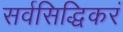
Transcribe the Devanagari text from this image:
सर्वसिद्धिकरं